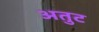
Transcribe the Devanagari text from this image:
अतुट